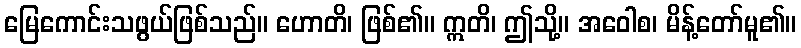
မြေကောင်းသဖွယ်ဖြစ်သည်။ ဟောတိ၊ ဖြစ်၏။ ဣတိ၊ ဤသို့။ အဝေါစ၊ မိန့်တော်မူ၏။